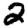
Digit: 2